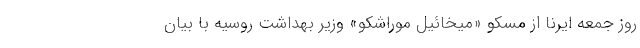
روز جمعه ایرنا از مسکو «میخائیل موراشکو» وزیر بهداشت روسیه با بیان